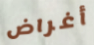
أغراض